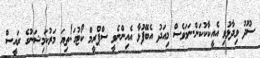
ސޫދު ވިދާޅުވި އެއީކާކުކަން.ނަމަވެސް މިއަދު އެބޭފުޅާ އެއިންނެވީ ސްޕްރީމް ކޯޓުގަ!ތިޔަ މަރުކަމިޝަނުގެ ރައީސް